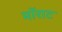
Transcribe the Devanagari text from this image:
मॉराट